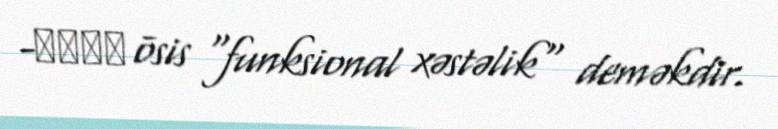
-ωσις ōsis "funksional xəstəlik" deməkdir.